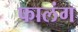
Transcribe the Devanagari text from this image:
फालंग